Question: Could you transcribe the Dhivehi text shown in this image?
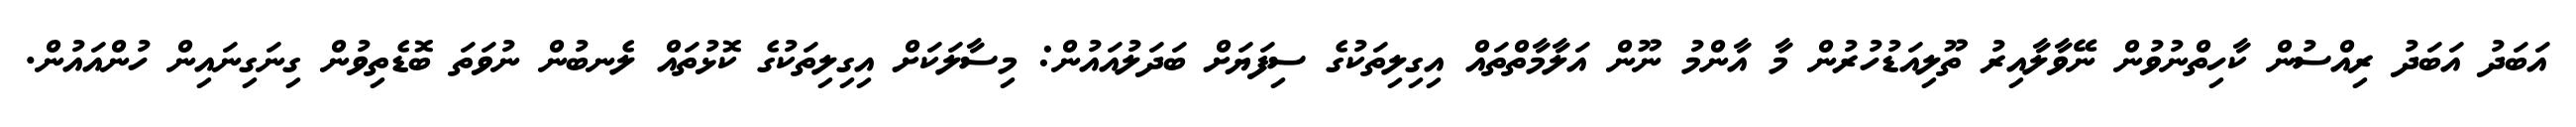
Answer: އަބަދު އަބަދު ރިއްސުން ކާހިތްނުވުން ނޭވާލާއިރު ތޫލިއަޑުހުރުން މާ އާންމު ނޫން އަލާމާތްތައް އިގިލިތަކުގެ ސިފަޔަށް ބަދަލުއައުން: މިސާލަކަށް އިގިލިތަކުގެ ކޮޅުތައް ލެނބުން ނުވަތަ ބޮޑެތިވުން ގިނަގިނައިން ހުންއައުން.